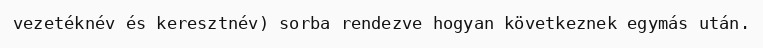
vezetéknév és keresztnév) sorba rendezve hogyan következnek egymás után.